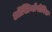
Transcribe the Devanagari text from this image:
ऑस्टियोपीनिक